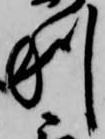
利